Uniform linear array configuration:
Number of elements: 16
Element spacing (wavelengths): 0.5
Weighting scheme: hann
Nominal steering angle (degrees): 60
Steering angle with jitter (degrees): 58.107
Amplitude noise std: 0.05
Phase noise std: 0.05

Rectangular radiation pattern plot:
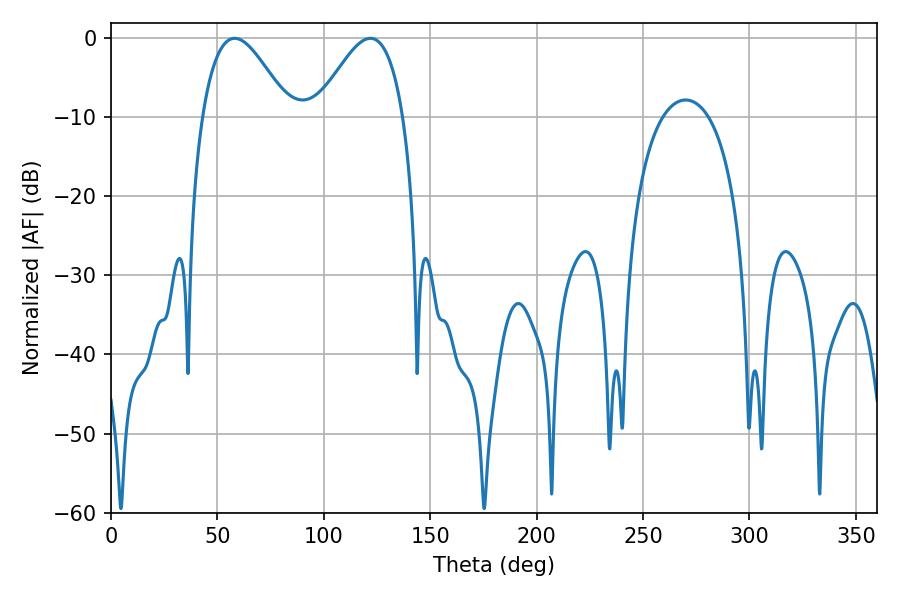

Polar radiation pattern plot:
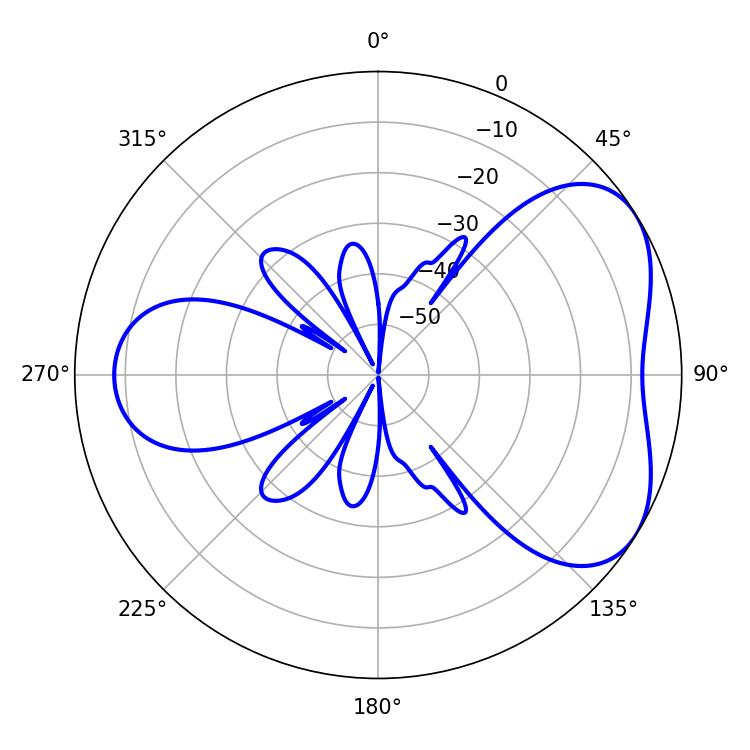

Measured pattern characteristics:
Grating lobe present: FALSE
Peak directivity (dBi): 4.701
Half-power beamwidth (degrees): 21.96
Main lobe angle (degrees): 58.14